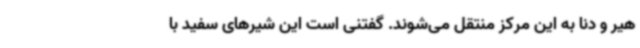
هیر و دنا به این مرکز منتقل می‌شوند. گفتنی است این شیرهای سفید با